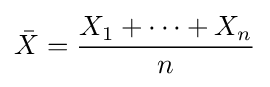
{\bar {X}}={\frac {X_{1}+\cdots +X_{n}}{n}}